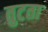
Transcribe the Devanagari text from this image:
तुटता